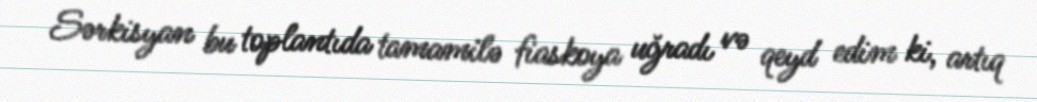
Sərkisyan bu toplantıda tamamilə fiaskoya uğradı və qeyd edim ki, artıq